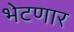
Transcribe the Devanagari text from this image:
भेटणार